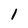
Character: l